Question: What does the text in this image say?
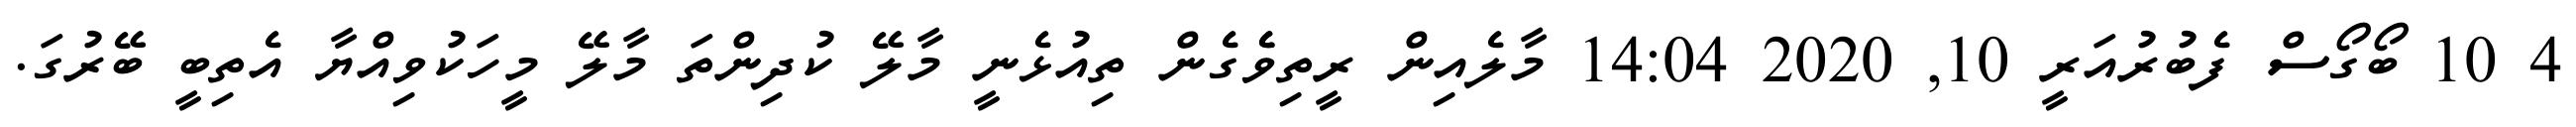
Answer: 4 10 ބޯގޯސް ފެބުރުއަރީ 10, 2020 14:04 މާލެއިން ރީތިވެެގެން ތިއުޅެނީ މާލޭ ކުދިންތަ މާލޭ މީހަކުވިއްޔާ އެތިބީ ބޭރުގަ.